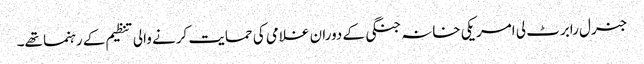
جنرل رابرٹ لی امریکی خانہ جنگی کے دوران غلامی کی حمایت کرنے والی تنظیم کے رہنما تھے۔